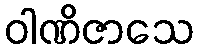
ဝါဏိဇာသေ